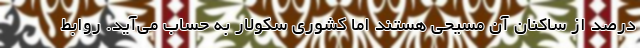
درصد از ساکنان آن مسیحی هستند اما کشوری سکولار به حساب می‌آید. روابط